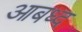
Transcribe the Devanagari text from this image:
आबध्द